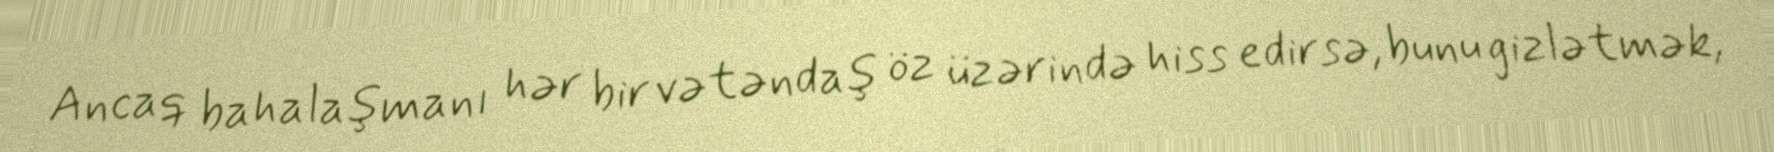
Ancaq bahalaşmanı hər bir vətəndaş öz üzərində hiss edirsə, bunu gizlətmək,